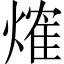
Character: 𤌍